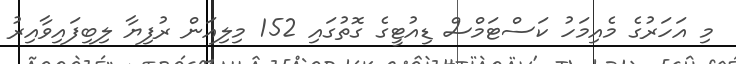
މި އަހަރުގެ މެއިމަހު ކަސްޓަމްސް ޑިއުޓީގެ ގޮތުގައި 152 މިލިއަން ރުފިޔާ ލިބިފައިވާއިރު